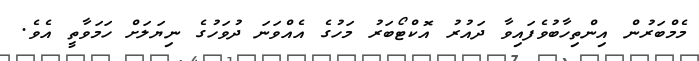
މެމްބަރުން އިންތިހާބުވެފައިވާ ދައުރު އޮކްޓޯބަރު މަހުގެ އެއްވަނަ ދުވަހުގެ ނިޔަލަށް ހަމަވާތީ އެވެ.